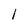
Character: 1